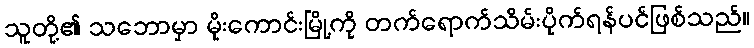
သူတို့၏ သဘောမှာ မိုးကောင်းမြို့ကို တက်ရောက်သိမ်းပိုက်ရန်ပင်ဖြစ်သည်။